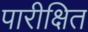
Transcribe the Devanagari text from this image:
पारीक्षित